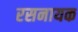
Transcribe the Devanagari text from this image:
रसनायक